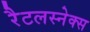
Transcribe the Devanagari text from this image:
रैटलस्नेक्स